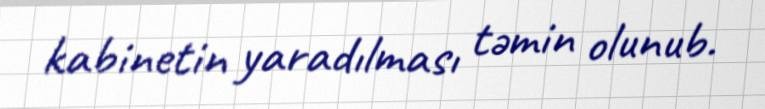
kabinetin yaradılması təmin olunub.